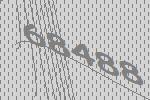
68488